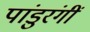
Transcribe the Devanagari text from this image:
पांडुरंगीं